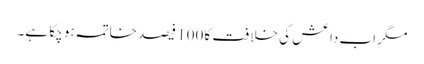
مگر اب داعش کی خلافت کا 100 فیصد خاتمہ ہو چکا ہے۔